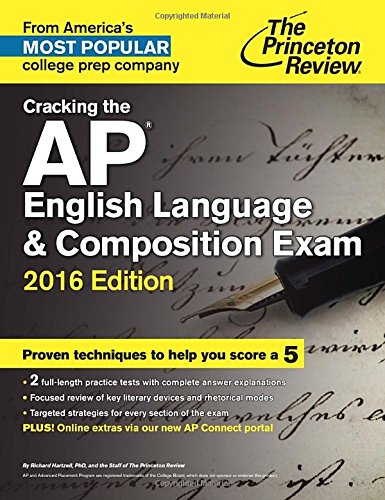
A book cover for Cracking the AP English Language & Composition Exam, 2016 Edition (College Test Preparation); Princeton Review; Test Preparation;